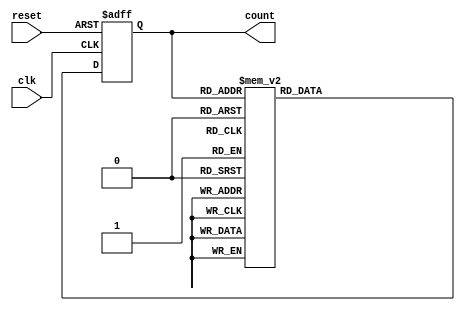
module decade_ring_counter (
    input wire clk,        // Clock input
    input wire reset,      // Asynchronous reset input
    output reg [3:0] count // 4-bit output representing the current count
);

// Always block triggered on the rising edge of the clock or the reset signal
always @(posedge clk or posedge reset) begin
    if (reset) begin
        count <= 4'b0000; // Reset the counter to 0000
    end else begin
        case (count)
            4'b0000: count <= 4'b0001;
            4'b0001: count <= 4'b0010;
            4'b0010: count <= 4'b0011;
            4'b0011: count <= 4'b0100;
            4'b0100: count <= 4'b0101;
            4'b0101: count <= 4'b0110;
            4'b0110: count <= 4'b0111;
            4'b0111: count <= 4'b1000;
            4'b1000: count <= 4'b1001;
            4'b1001: count <= 4'b0000; // Wrap around to 0000
            default: count <= 4'b0000;  // Default case to handle unexpected states
        endcase
    end
end

endmodule